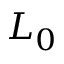
L _ { 0 }